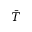
\bar { T }